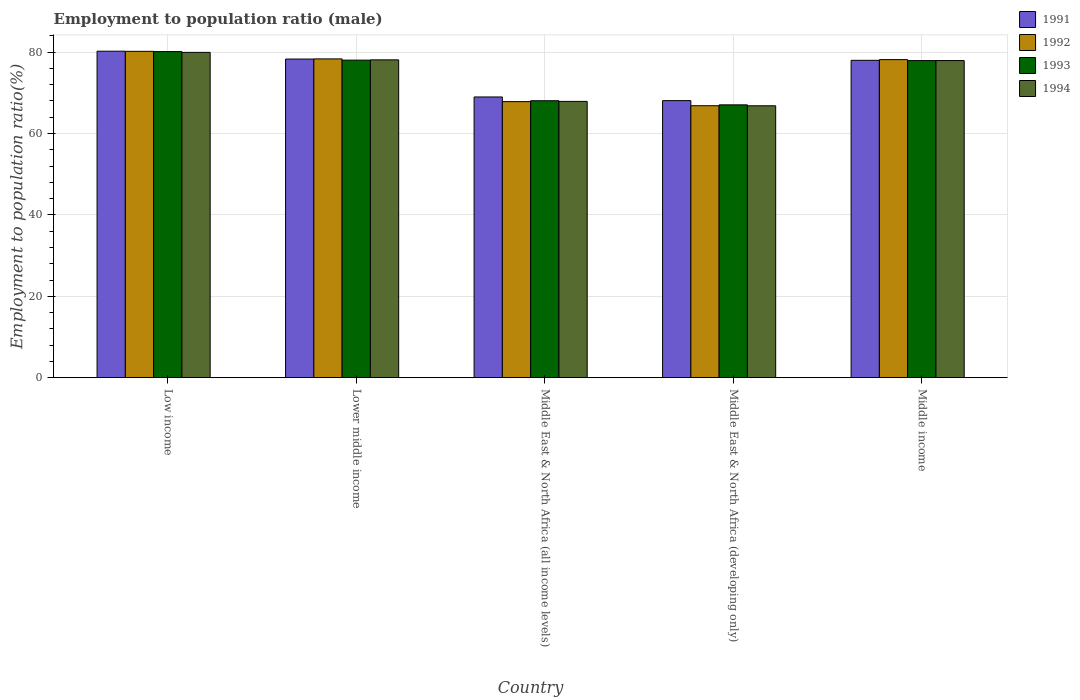
| Country | 1991 | 1992 | 1993 | 1994 |
 | --- | --- | --- | --- | --- |
 | Low income | 80.2 | 80.2 | 80.1 | 79.9 |
 | Lower middle income | 78.3 | 78.3 | 78 | 78.1 |
 | Middle East & North Africa (all income levels) | 69 | 67.8 | 68.1 | 67.9 |
 | Middle East & North Africa (developing only) | 68.1 | 66.8 | 67 | 66.8 |
 | Middle income | 78 | 78.2 | 77.9 | 77.9 |